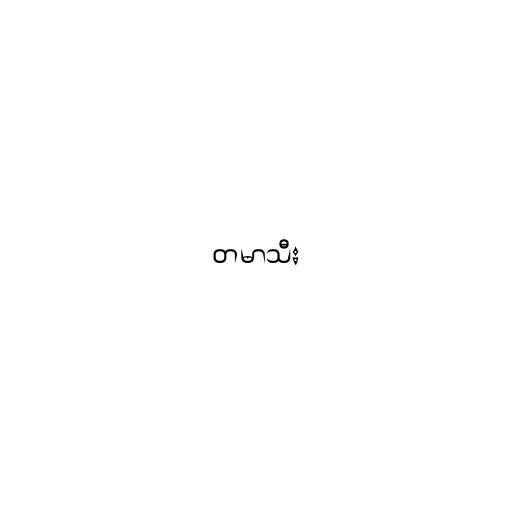
တမာသီး